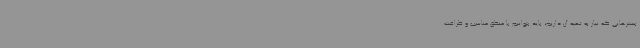
بسترهایی که نیاز به تهیه آن داریم، باید بتوانیم با منطق مناسب و ظرافت